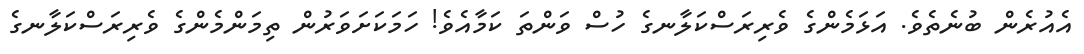
އެއުރެން ބުނެތެވެ. އަޅަމެންގެ ވެރިރަސްކަލާނގެ ހުސް ވަންތަ ކަމާއެވެ! ހަމަކަށަވަރުން ތިމަންމެންގެ ވެރިރަސްކަލާނގެ